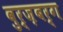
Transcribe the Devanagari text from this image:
वुर्ज़बर्ग